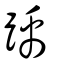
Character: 踽